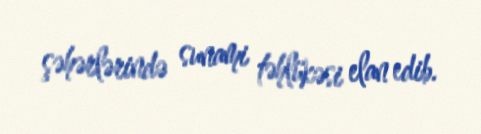
şəhərlərində sunami təhlükəsi elan edib.